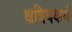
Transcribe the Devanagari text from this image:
क्षत्रियकर्म